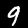
Label: 9